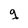
Character: g